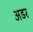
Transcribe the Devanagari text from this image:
अडर